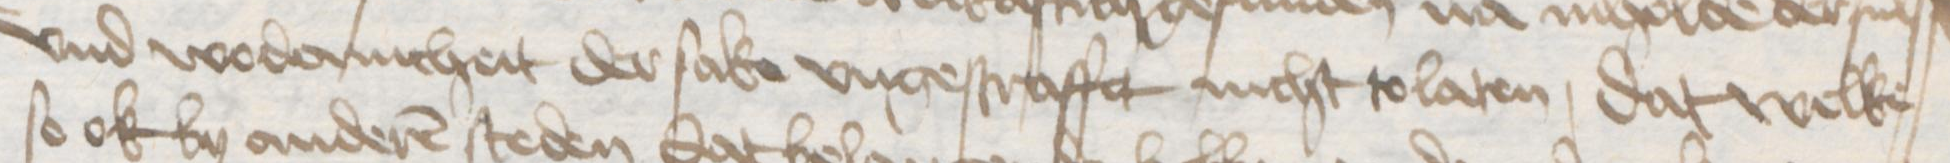
und wodernicheit der sake ungestraffet nicht tolaten dat welke